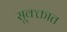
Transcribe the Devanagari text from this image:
सूक्क्तात